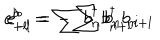
e _ { + l } ^ { b } = \sum b _ { n } ^ { \dagger } b _ { n + l } ^ { \dagger } ; \hspace { 2 m m } e _ { - l } ^ { b } = - \sum b _ { n } b _ { n + l }